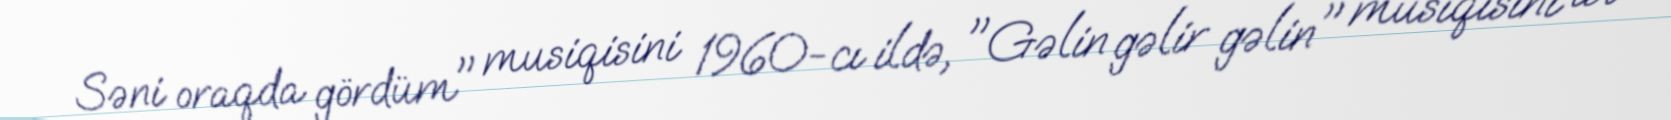
Səni oraqda gördüm" musiqisini 1960-cı ildə, "Gəlin gəlir gəlin" musiqisini isə